Lunatic asylums in Bengal annual reports 1888-1898 - 1888-1898
Year: 1888
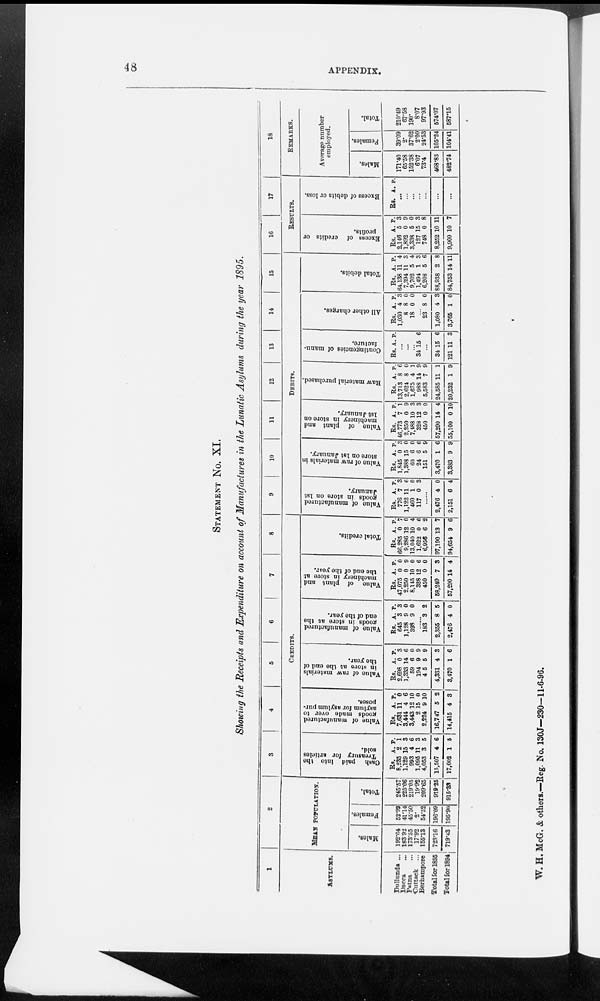
48
APPENDIX.
STATEMENT No.
XI.
Showing the Receipts and Expenditure on account of Manufactures in the Lunatic Asylums during the year 1895.
1
ASYLUMS.
Dullunda ...
Dacca ...
Patna ...
Cuttack
...
Berhampore
Total for 1895
Total for 1894
2
MEAN POPULATION.
Males.
192.64
183 92
173.55
17.92
155.13
723.16
719.43
Females.
52.98
41.14
45.50
2.
54.52
196.09
195.90
Total.
245-57
225.06
219.05
19.92
209.65
919.25
915.33
3
4
5
6
7
8
CREDITS.
Cash paid into the
Treasury for articles
sold.
Rs.
8,235
1,129
993
1,095
4,053
15,507
17,002
A.
2
15
4
11
3
4
1
P.
1
3
6
3
5
6
5
Value of manufactured
goods made over to
asylum for asylum pur-
poses.
Rs.
7,631
3,444
3443
2
2,224
16,747
14,415
A.
11
4
12
15
9
5
4
P.
0
6
10
0
10
2
3
Value of raw materials
in store at the end of
the year.
Rs.
2,698
1,333
59 194
4 5
4,331
3,470
A
0
14
6
9
5
4
1
P.
3
6
0 9
9
3
6
Value of manufactured
goods in store at the
end of the year.
Rs.
645
1,128
393
A.
3
9
9
P.
3
0
0
......
183
2,356
2,476
3
8
4
2
5
0
Value of plant and
machinery in store at
the end of the year.
Rs.
47,075
2,250
8,145 328
450
58,249
57,290
A,
0
0
10
12
0
7
14
P.
0
9
0 6
0
3
4
Total credits.
Rs.
66,285
9,286
13 040
1,622
6,956
97,190
94,654
A.
0
12
10 0
6
13
9
P.
7
0
4
6
2
7
6
9
10
11
12
13
14
15
DEBITS.
Value of manufactured
goods in store on 1st
January.
Rs.
776
1,122
460
117
A
7
11
1 0
p.
3
6
0 3
......
2,476
2,151
4
6
0
4
Value of raw materials in
store on 1st January.
Rs.
1,845
1,388
60
24
151
3,470
3,383
A,
0
15
6
6
5
1
9
P.
3
0
0
6
9
6
9
Value of plant and
machinery in store on
1st January.
Rs.
46,773
2,250
7 488
328
450
57,290
55,100
A,
7
0
10 12
0
14
0
P.
1
9
3
3
0
4
10
Raw material purchased.
Rs.
13,713
2,624
1 675
988
5,583
24,585
20,232
A.
8
8
4
14
7
11
1
P.
6
0
1 9
9
1
9
Contingencies of manu-
facture.
Rs. A. P.
...
...
... 34 15 6
...
34
121
15
11
6
3
All other charges.
Rs.
1,030
8
18
A.
4
8
0
P.
3
0
0
...
23
1,080
3,765
8
4
1
0
3
0
Total debits.
Rs.
64.138
7,394
9,702
1,494
6,208
88,938
84,753
A.
11
11
5
1
5
2
14
P.
4
3
4
3
6
8
11
16
17
RESULTS.
Excess of credits or
profits.
Rs.
2,146
1,892
3,338
127
748
8,252
9,900
A.
5
0
5
15
0
10
10
P.
3
9
0
3
8
11
7
Excess of debits or loss.
Rs. A. P.
...
...
...
...
...
...
...
18
REMARKS.
Average number
employed.
Males.
171.40
65.58
152.38
6.07
73.4
468.83
482.74
Females.
39.09
2.
37.62
2.00
24.53
105.24
104.41
Total.
210.49
67.58
190.
8.07
97.93
574.07
587.15
W. H. McG. & others.—Beg. No. 130J—230—11-6-96.